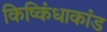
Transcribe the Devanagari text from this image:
किष्किंधाकांड